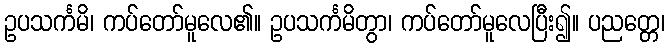
ဥပသင်္ကမိ၊ ကပ်တော်မူလေ၏။ ဥပသင်္ကမိတွာ၊ ကပ်တော်မူလေပြီး၍။ ပညတ္တေ၊